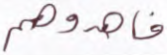
فاهدوهم